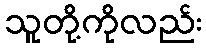
သူတို့ကိုလည်း